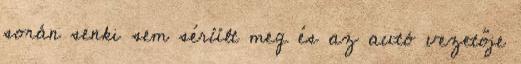
során senki sem sérült meg és az autó vezetője